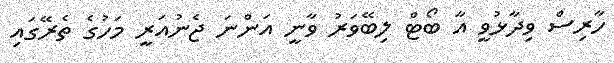
ހާރިސް ވިދާޅުވީ އާ ބޯޓް ލިބޭވަރު ވާނީ އަންނަ ޖެނުއަރީ މަހުގެ ތެރޭގައި